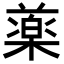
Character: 𣛙